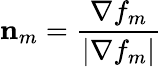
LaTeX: \mathbf{n}_{m}=\frac{\mathbf{\nabla}f_{m}}{|\mathbf{\nabla}f_{m}|}